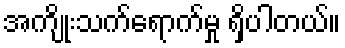
အကျိုးသက်ရောက်မှု ရှိပါတယ်။